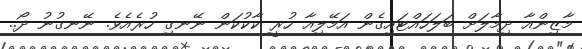
މާޒިންއާ ދިމާލަށް ބަލަހައްޓައިގެން އަމޭލިއާ ހުރީ ކާކުކަން ނޭނގި ހުރެއެވެ. ނޭނގުނު ދޯ..